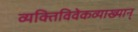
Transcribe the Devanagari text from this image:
व्यक्तिविवेकव्याख्यान्‌